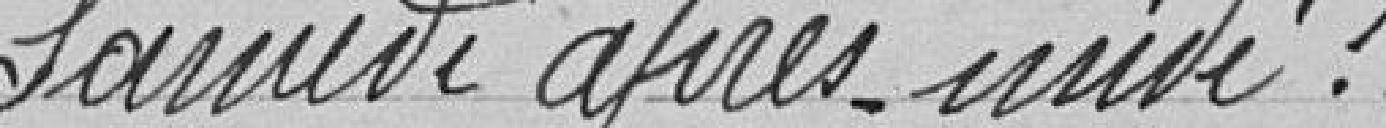
samedi après-midi: